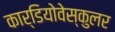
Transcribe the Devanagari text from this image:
कार्डियोवेस्कुलर